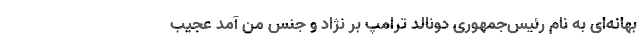
بهانه‌ای به نام رئیس‌جمهوری دونالد ترامپ بر نژاد و جنس من آمد عجیب